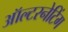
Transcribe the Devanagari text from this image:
ऑल्टरनेटिंग